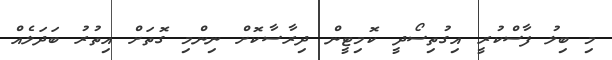
މި ބިލު ފާސްކުރީ އިގުތިސޯދީ ކޮމިޓީން ދިރާސާކޮށް ނިންމި ގޮތަށް އިތުރު ބަދަލެއް